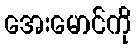
အေးမောင်ကို